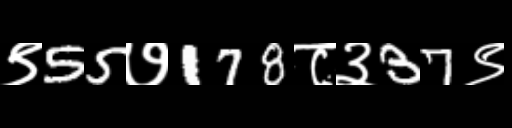
Text: ९55७178८३37९